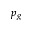
p _ { g }